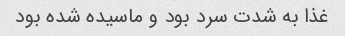
غذا به شدت سرد بود و ماسیده شده بود